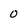
Character: o